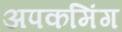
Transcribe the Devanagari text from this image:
अपकमिंग